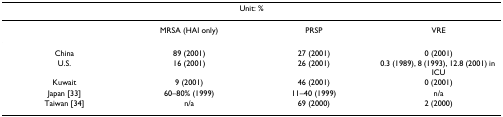
<table><thead><tr><td colspan="4"><b>Unit: %</b></td></tr></thead><tbody><tr><td></td><td>MRSA (HAI only)</td><td>PRSP</td><td>VRE</td></tr><tr><td>China</td><td>89 (2001)</td><td>27 (2001)</td><td>0 (2001)</td></tr><tr><td>U.S.</td><td>16 (2001)</td><td>26 (2001)</td><td>0.3 (1989), 8 (1993), 12.8 (2001) in ICU</td></tr><tr><td>Kuwait</td><td>9 (2001)</td><td>46 (2001)</td><td>0 (2001)</td></tr><tr><td>Japan [33]</td><td>60–80% (1999)</td><td>11–40 (1999)</td><td>n/a</td></tr><tr><td>Taiwan [34]</td><td>n/a</td><td>69 (2000)</td><td>2 (2000)</td></tr></tbody></table>